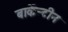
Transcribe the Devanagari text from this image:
बार्केन्टीन